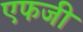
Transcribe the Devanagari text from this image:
एफजी